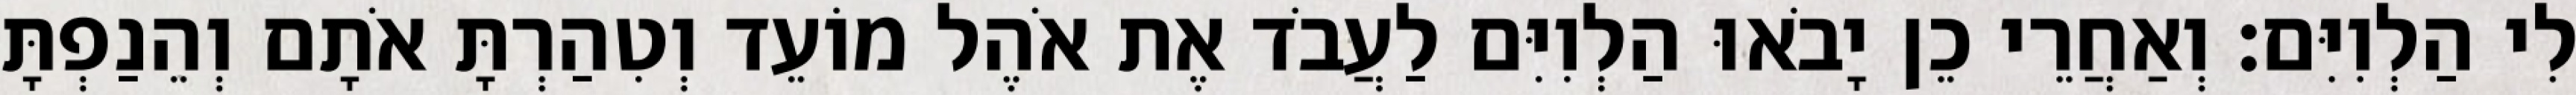
לִי הַלְוִיִּם׃ וְאַחֲרֵי כֵן יָבֹאוּ הַלְוִיִּם לַעֲבֹד אֶת אֹהֶל מוֹעֵד וְטִהַרְתָּ אֹתָם וְהֵנַפְתָּ